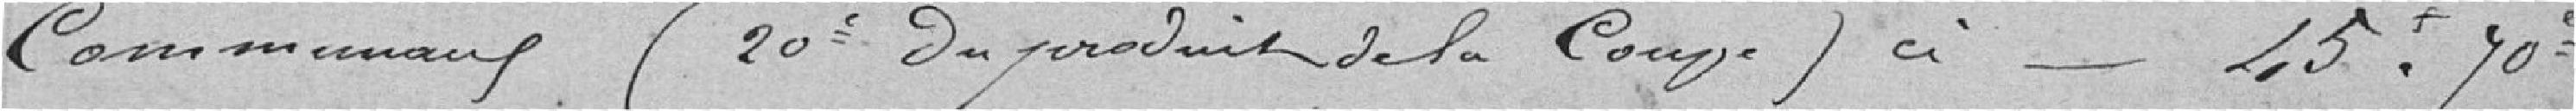
Communaux (20éme du produit de la coupe) ci _ 45 francs 70 centimes